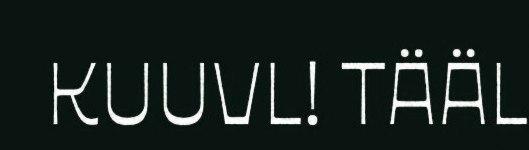
KUUVL! TÄÄL